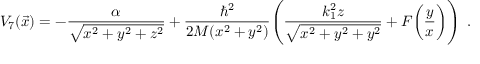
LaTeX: V _ { 7 } ( \vec { x } ) = - { \frac { \alpha } { \sqrt { x ^ { 2 } + y ^ { 2 } + z ^ { 2 } } } } + { \frac { \hbar ^ { 2 } } { 2 M ( x ^ { 2 } + y ^ { 2 } ) } } \Bigg ( { \frac { k _ { 1 } ^ { 2 } z } { \sqrt { x ^ { 2 } + y ^ { 2 } + y ^ { 2 } } } } + F \bigg ( { \frac { y } { x } } \bigg ) \Bigg ) \enspace .